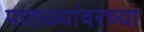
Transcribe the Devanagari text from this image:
पातळ्यांवरच्या